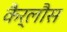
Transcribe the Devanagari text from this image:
कैर्लौस